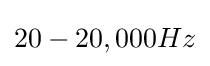
20-20,000Hz